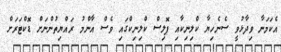
އެކަމަނާ ވިދާޅުވީ ސެނެހިޔާ ކްލިނިކާއި ޕޮލިސް ކްލިނިކްގައި ވެސް އާންމު ރައްޔިތުންނަށް ޑޮކްޓަރަށް